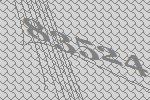
83524